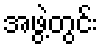
အဖွဲ့တွင်း